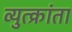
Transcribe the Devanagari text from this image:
व्युत्क्रांता